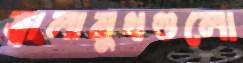
জ্বালামুখগুলো